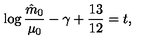
\log { \frac { \hat { m } _ { 0 } } { \mu _ { 0 } } } - \gamma + { \frac { 1 3 } { 1 2 } } = t ,